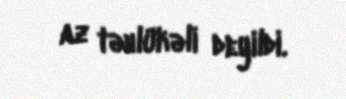
az təhlükəli deyildi.